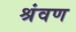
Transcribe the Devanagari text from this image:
श्रंवण